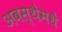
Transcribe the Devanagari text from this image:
अवस्थेमधे